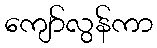
ကျော်လွန်ကာ